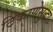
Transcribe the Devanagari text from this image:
ठिकाणेसुद्धा